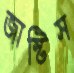
জাস্টিস